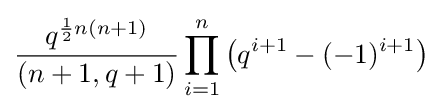
{\frac {q^{{\frac {1}{2}}n(n+1)}}{(n+1,q+1)}}\prod _{i=1}^{n}\left(q^{i+1}-(-1)^{i+1}\right)